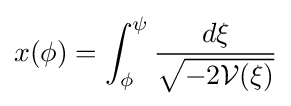
x(\phi )=\int _{\phi }^{\psi }{\frac {d\xi }{\sqrt {-2{\mathcal {V}}(\xi )}}}